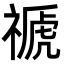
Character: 禠